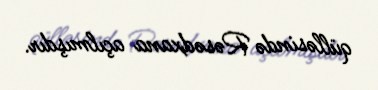
qülləsində Rəsədxana açılmışdır.